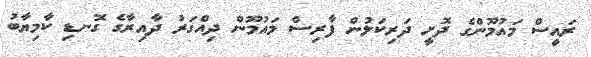
ރައީސް މައުމޫންގެ ދޮށީ ދަރިކަލުން ފާރިސް މައުމޫން ދިއްގަރު ދާއިރާގެ ގޮނޑި ކާމިޔާބު